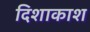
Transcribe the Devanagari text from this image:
दिशाकाश